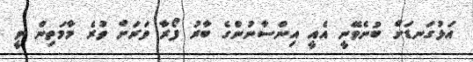
އަޅުގަނޑަށް ބުނެވޭނީ އެއީ އިންސާނުންގެ ބާރު ފޯރާ ވަރަށް ވުރެ މާމަތިން ވީ